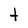
Character: t